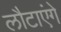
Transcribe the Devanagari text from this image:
लौटाएंगे